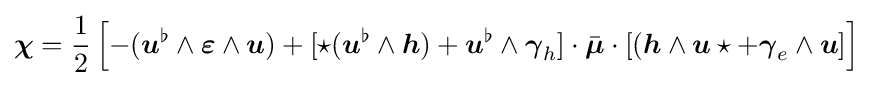
{\boldsymbol {\chi }}={\frac {1}{2}}\left[-({\boldsymbol {u}}^{\flat }\wedge {\boldsymbol {\varepsilon }}\wedge {\boldsymbol {u}})+[\star ({\boldsymbol {u}}^{\flat }\wedge {\boldsymbol {h}})+{\boldsymbol {u}}^{\flat }\wedge {\boldsymbol {\gamma }}_{h}]\cdot {\bar {\boldsymbol {\mu }}}\cdot [({\boldsymbol {h}}\wedge {\boldsymbol {u}}\star +{\boldsymbol {\gamma }}_{e}\wedge {\boldsymbol {u}}]\right]